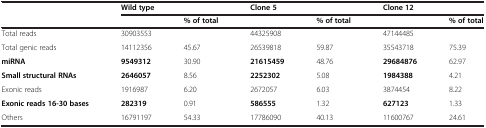
|  | <COLSPAN=2> Wild type | <COLSPAN=2> Clone 5 | <COLSPAN=2> Clone 12 |
 |  |  | % of total |  | % of total |  | % of total |
 | --- | --- | --- | --- | --- | --- | --- |
 | Total reads | 30903553 |  | 44325908 |  | 47144485 |  |
 | Total genic reads | 14112356 | 45.67 | 26539818 | 59.87 | 35543718 | 75.39 |
 | miRNA | 9549312 | 30.90 | 21615459 | 48.76 | 29684876 | 62.97 |
 | Small structural RNAs | 2646057 | 8.56 | 2252302 | 5.08 | 1984388 | 4.21 |
 | Exonic reads | 1916987 | 6.20 | 2672057 | 6.03 | 3874454 | 8.22 |
 | Exonic reads 16-30 bases | 282319 | 0.91 | 586555 | 1.32 | 627123 | 1.33 |
 | Others | 16791197 | 54.33 | 17786090 | 40.13 | 11600767 | 24.61 |